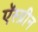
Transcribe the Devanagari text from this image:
ऍस्प्रीन